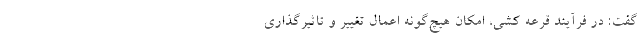
گفت: در فرآیند قرعه کشی،‌ امکان هیچ‌گونه اعمال تغییر و تاثیرگذاری